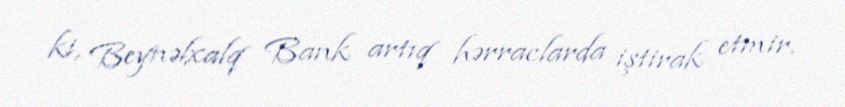
ki, Beynəlxalq Bank artıq hərraclarda iştirak etmir.